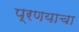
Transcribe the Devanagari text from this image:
प्रणयाचा